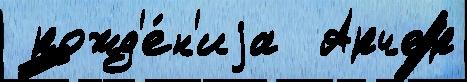
 рожд'е́н'иjа  Арчер